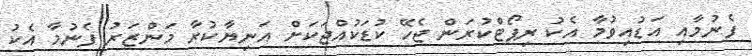
ފެނުމާއި އަޑުއިވުމާ އެކު ރިޕޯޓްކުރަން ޖެހޭ ކުޑަކުއްޖަކަށް އަނިޔާކުރާ މަންޒަރު ފެނުމާ އެކު